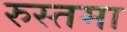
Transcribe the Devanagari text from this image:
रुस्तमा